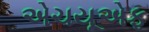
એચયૂએફ